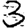
Digit: 3